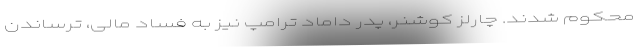
محکوم شدند. چارلز کوشنر، پدر داماد ترامپ نیز به فساد مالی، ترساندن